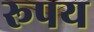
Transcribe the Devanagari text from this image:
रूपय